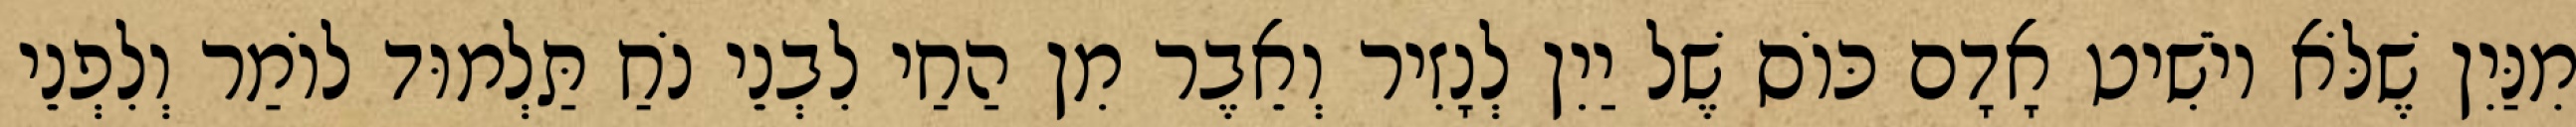
מִנַּיִן שֶׁלֹּא יוֹשִׁיט אָדָם כּוֹס שֶׁל יַיִן לְנָזִיר וְאֵבֶר מִן הַחַי לִבְנֵי נֹחַ תַּלְמוּד לוֹמַר וְלִפְנֵי